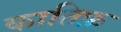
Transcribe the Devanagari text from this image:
कातिफ़